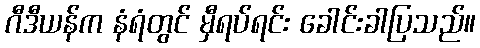
ဂီဒီယန်က နံရံတွင် မှီရပ်ရင်း ခေါင်းခါပြသည်။